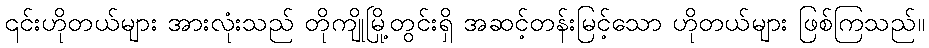
၎င်းဟိုတယ်များ အားလုံးသည် တိုကျိုမြို့တွင်းရှိ အဆင့်တန်းမြင့်သော ဟိုတယ်များ ဖြစ်ကြသည်။